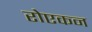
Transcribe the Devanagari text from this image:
रोएकन